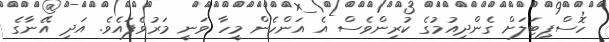
ހޮސްޕިޓަލަށް ގެންދިއުމުގެ ކުރިންވެސް އެ އަންހެން މީހާ ވަނީ މަރުވެފައެވެ. އަދި އޭނާގެ